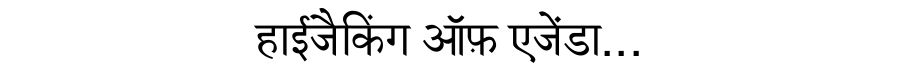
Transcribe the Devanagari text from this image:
हाईजैकिंग ऑफ़ एजेंडा...